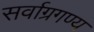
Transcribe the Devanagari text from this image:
सर्वाग्रगण्य